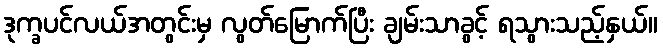
ဒုက္ခပင်လယ်အတွင်းမှ လွတ်မြောက်ပြီး ချမ်းသာခွင့် ရသွားသည့်နှယ်။